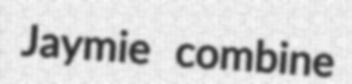
Jaymie combine